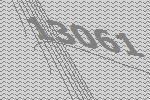
13061